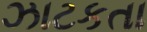
ઝાટકતા